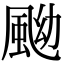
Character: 䬀